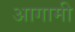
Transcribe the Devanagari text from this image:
अागामी